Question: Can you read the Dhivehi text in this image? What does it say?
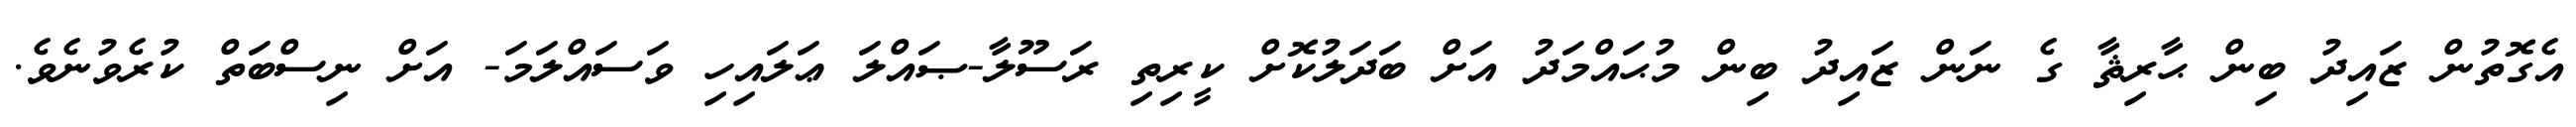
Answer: އެގޮތުން ޒައިދު ބިން ޙާރިޘާ ގެ ނަން ޒައިދު ބިން މުޙައްމަދު އަށް ބަދަލުކޮށް ކީރިތި ރަސޫލާ-ޞައްލަ ޢަލައިހި ވަސައްލަމަ- އަށް ނިސްބަތް ކުރެވުނެވެ.